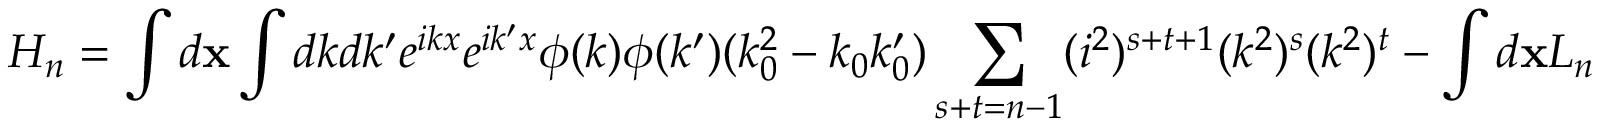
H _ { n } = \int d { \bf x } \int d k d k ^ { \prime } e ^ { i k x } e ^ { i k ^ { \prime } x } \phi ( k ) \phi ( k ^ { \prime } ) ( k _ { 0 } ^ { 2 } - k _ { 0 } k _ { 0 } ^ { \prime } ) \sum _ { s + t = n - 1 } ( i ^ { 2 } ) ^ { s + t + 1 } ( k ^ { 2 } ) ^ { s } ( k ^ { 2 } ) ^ { t } - \int d { \bf x } { \cal L } _ { n }